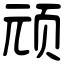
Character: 顽